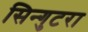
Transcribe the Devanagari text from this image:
सिन्गुटरा